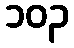
၁၀၃